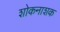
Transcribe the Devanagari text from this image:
शोकनाशक